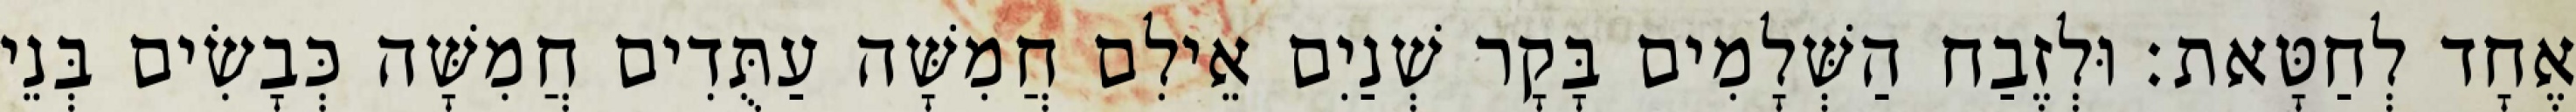
אֶחָד לְחַטָּאת׃ וּלְזֶבַח הַשְּׁלָמִים בָּקָר שְׁנַיִם אֵילִם חֲמִשָּׁה עַתֻּדִים חֲמִשָּׁה כְּבָשִׂים בְּנֵי